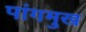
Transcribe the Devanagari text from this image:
पांगमुख